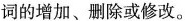
词的增加、删除或修改。